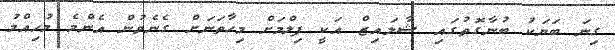
ގިނަ ބަޔަކު ބުނާގޮތުގައި ޝާލައިޒް އަކީ ފިލްމަށް މިހާތަނަށް ގެނެވުން އެންމެ މުހިއްމު